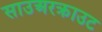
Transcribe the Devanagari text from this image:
साउअरक्राउट